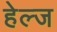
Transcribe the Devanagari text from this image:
हेल्ज